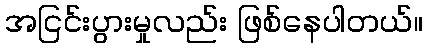
အငြင်းပွားမှုလည်း ဖြစ်နေပါတယ်။